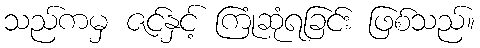
သည်ကမှ ဇင်နှင့် ကြုံဆုံရခြင်း ဖြစ်သည်။